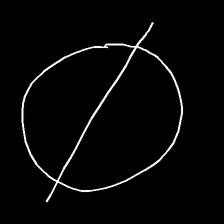
Glyph: orb